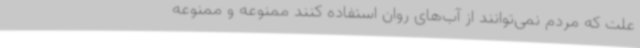
علت که مردم نمی‌توانند از آب‌های روان استفاده کنند ممنوعه و ممنوعه